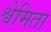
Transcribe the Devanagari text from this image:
श्वेमिता